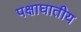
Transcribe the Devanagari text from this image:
पक्षाघातीय